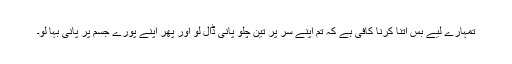
تمہارے لیے بس اتنا کرنا کافی ہے کہ تم اپنے سر پر تین چلو پانی ڈال لو اور پھر اپنے پورے جسم پر پانی بہا لو۔